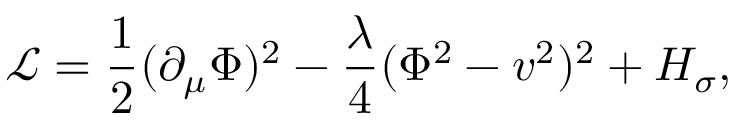
{ \mathcal { L } } = \frac { 1 } { 2 } ( \partial _ { \mu } \Phi ) ^ { 2 } - \frac { \lambda } { 4 } ( \Phi ^ { 2 } - v ^ { 2 } ) ^ { 2 } + H _ { \sigma } ,